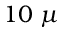
1 0 \ \mu